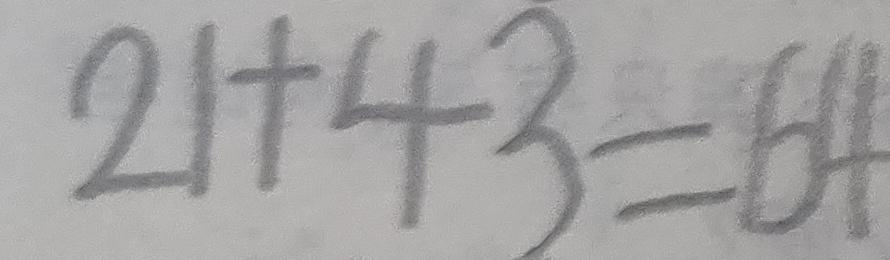
2 1 + 4 3 = 6 4